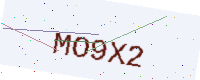
Text: MO9X2